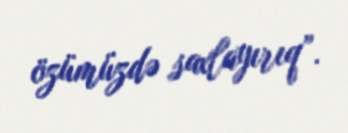
özümüzdə saxlayırıq”.